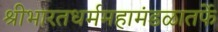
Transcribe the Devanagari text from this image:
श्रीभारतधर्ममहामंडळातर्फे